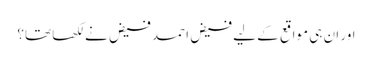
اور ان ہی مواقع کے لیے فیض احمد فیض نے لکھا تھا؟